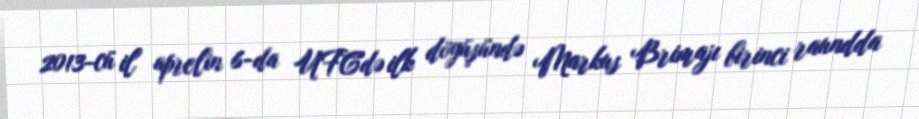
2013-cü il aprelin 6-da UFC'də ilk döyüşündə Markus Brimajı birinci raundda